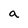
Character: a